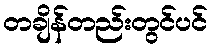
တချိန်တည်းတွင်ပင်